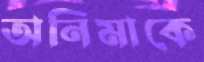
অনিমাকে